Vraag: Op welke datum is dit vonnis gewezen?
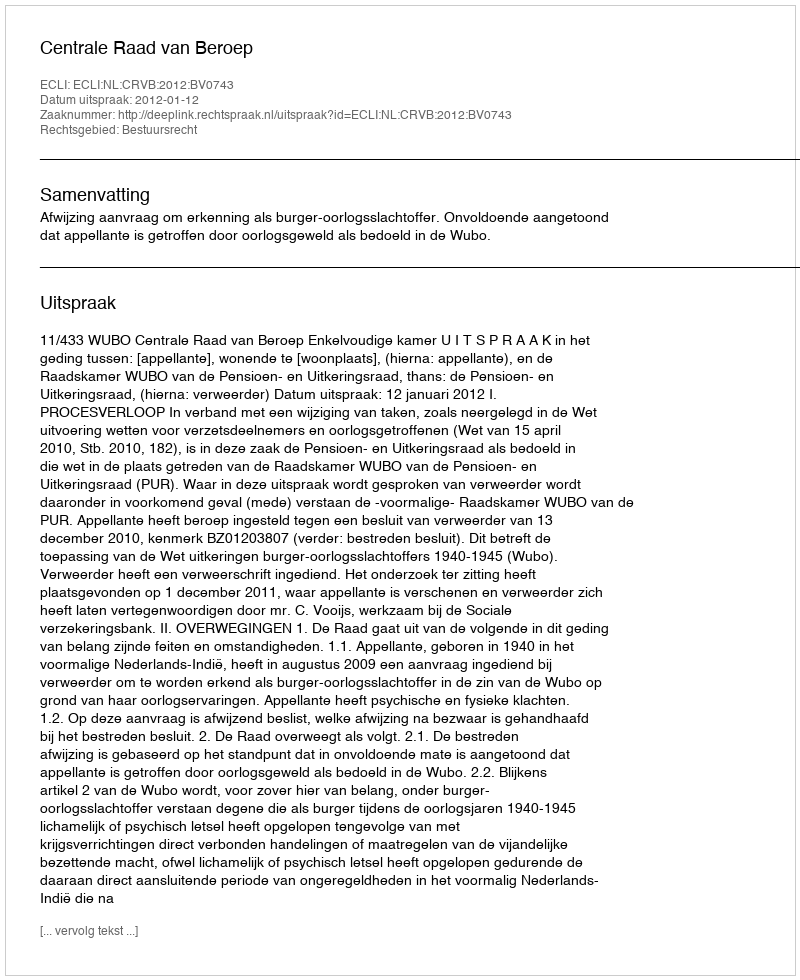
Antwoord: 2012-01-12